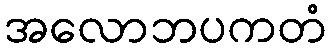
အလောဘပကတံ